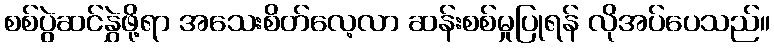
စစ်ပွဲဆင်နွှဲဖို့ရာ အသေးစိတ်လေ့လာ ဆန်းစစ်မှုပြုရန် လိုအပ်ပေသည်။